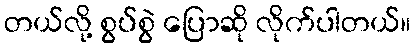
တယ်လို့ စွပ်စွဲ ပြောဆို လိုက်ပါတယ်။